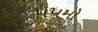
૫૫મો